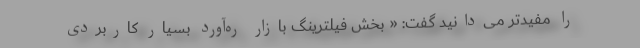
را مفیدتر می‌دانید گفت: « بخش فیلترینگ بازار ره‌آورد بسیار کاربردی